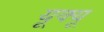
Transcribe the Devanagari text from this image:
यूक्यू